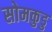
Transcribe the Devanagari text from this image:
सोमकुडु